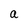
Character: a